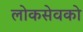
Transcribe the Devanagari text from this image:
लोकसेवको